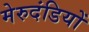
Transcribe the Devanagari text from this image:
मेरुदंडियों